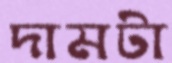
দামটা